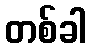
တစ်ခါ